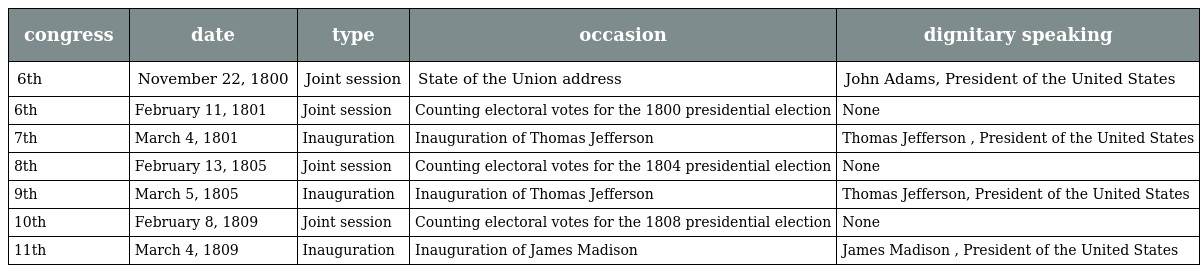
| congress | date | type | occasion | dignitary speaking |
 | --- | --- | --- | --- | --- |
 | 6th | November 22, 1800 | Joint session | State of the Union address | John Adams, President of the United States |
 | 6th | February 11, 1801 | Joint session | Counting electoral votes for the 1800 presidential election | None |
 | 7th | March 4, 1801 | Inauguration | Inauguration of Thomas Jefferson | Thomas Jefferson , President of the United States |
 | 8th | February 13, 1805 | Joint session | Counting electoral votes for the 1804 presidential election | None |
 | 9th | March 5, 1805 | Inauguration | Inauguration of Thomas Jefferson | Thomas Jefferson, President of the United States |
 | 10th | February 8, 1809 | Joint session | Counting electoral votes for the 1808 presidential election | None |
 | 11th | March 4, 1809 | Inauguration | Inauguration of James Madison | James Madison , President of the United States |